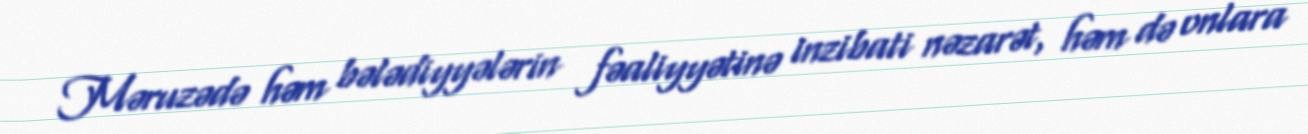
Məruzədə həm bələdiyyələrin fəaliyyətinə inzibati nəzarət, həm də onlara